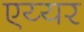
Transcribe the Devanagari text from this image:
एय्यर